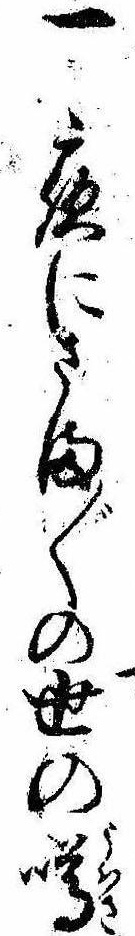
一夜にさま〲の世の噂